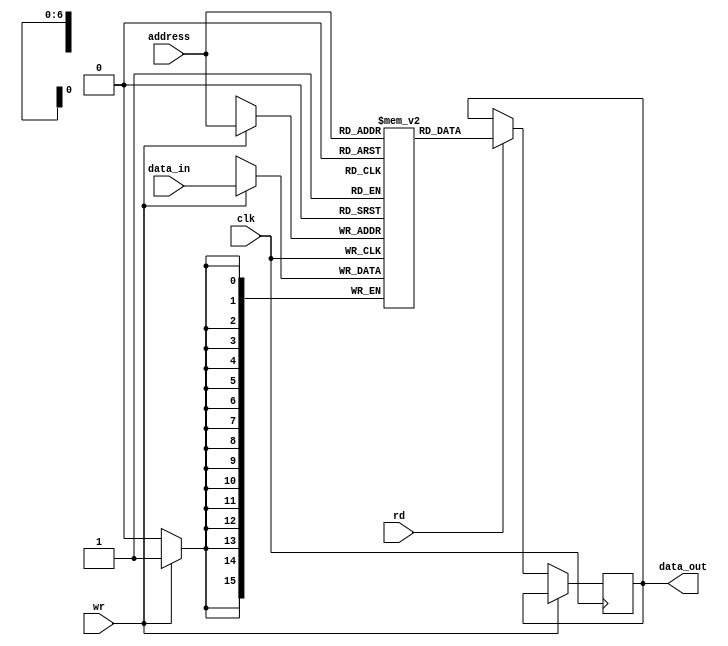
module RAM (
  input [6:0] address,
  input rd,
  input wr,
  input signed [15:0] data_in,
  input clk,
  output reg signed [15:0] data_out
);

reg [15:0] Memory [0:127];



initial begin 
/*
	// FIRST SIMULATION VALUES
	// Instructions
	Memory[0]= 16'h180A;
	Memory[1]= 16'h580B;
	Memory[2]= 16'h3005;
	Memory[3]= 16'h280C;
	
	// Data
	Memory[10]= 16'h0009;
	Memory[11]= 16'hFFFC;
	Memory[12]= 16'h0000;
	end
*/
 // SECOND SIMULATION 
	//Memory[0]= 16'h700A; //BRANCH 10
	
	Memory[0]= 16'h1817; // Load D
	Memory[1]= 16'h3818; // Add E
	Memory[2]= 16'h3001; // Add 1
	Memory[3]= 16'h2819; // Store Div
	Memory[4]= 16'h1816; // Load B
	Memory[5]= 16'h5815; // Mul C 
	Memory[6]= 16'h3814; // Add A
	Memory[7]= 16'h4005; // Sub 5
	Memory[8]= 16'h6819; // Div 
	Memory[9]= 16'h2819; // Store y

// The assumed values for the variables
	//A:
	Memory[20]= 16'h0002 ;
	//B:
	Memory[21]= 16'h0003 ;
	//c:
	Memory[22]= 16'h0005 ;
	//D:
	Memory[23]= 16'h0008 ;
	//E:
	Memory[24]= 16'hFFFB ; //-5

	// Memory to store Y
	Memory[25] = 16'h0000;
end

always@(posedge clk) 
	begin
	
		if(wr)
			Memory[address] <= data_in;

		else if (rd)
			data_out <= Memory[address];

	end
endmodule